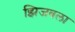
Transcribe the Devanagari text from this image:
झिजवला